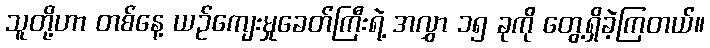
သူတို့ဟာ တစ်နေ့ ယဉ်ကျေးမှုခေတ်ကြီးရဲ့ အလွှာ ၁၅ ခုကို တွေ့ရှိခဲ့ကြတယ်။